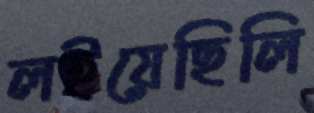
লইয়েছিলি